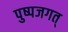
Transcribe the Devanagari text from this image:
पुष्पजगत्